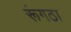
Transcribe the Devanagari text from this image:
रूंगठा